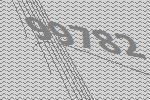
99782